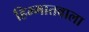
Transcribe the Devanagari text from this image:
हिम्मातवाला